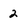
Character: 2